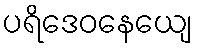
ပရိဒေဝနေယျေ